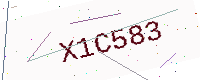
Text: X1C583